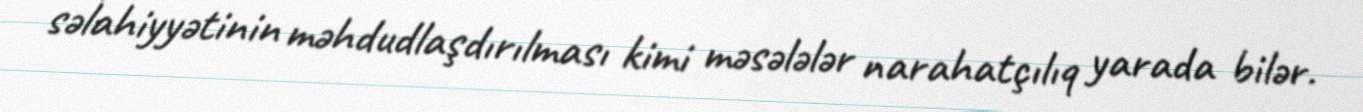
səlahiyyətinin məhdudlaşdırılması kimi məsələlər narahatçılıq yarada bilər.